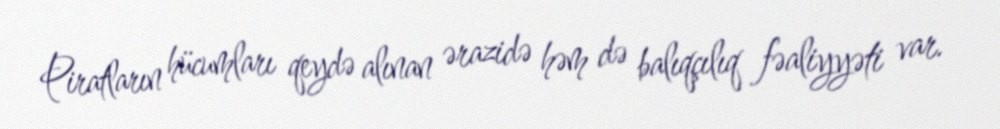
Piratların hücumları qeydə alınan ərazidə həm də balıqçılıq fəaliyyəti var.